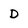
Character: D